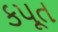
કપૂત